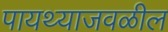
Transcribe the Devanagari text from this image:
पायथ्याजवळील